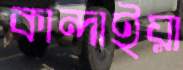
কান্দাইয়া